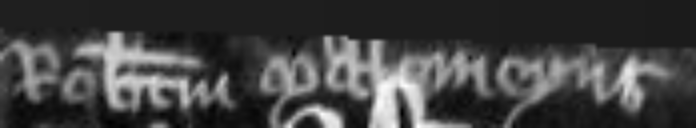
Robertum de Malemeyns